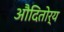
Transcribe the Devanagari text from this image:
औदितोर्य